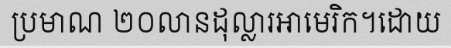
ប្រមាណ ២០លានដុល្លារអាមេរិក។ដោយ